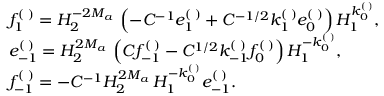
\begin{array} { r l } & { f _ { 1 } ^ { ( \digamma ) } = H _ { 2 } ^ { - 2 M _ { a \digamma } } \left( - C ^ { - 1 } e _ { 1 } ^ { ( \digamma ) } + C ^ { - 1 / 2 } k _ { 1 } ^ { ( \digamma ) } e _ { 0 } ^ { ( \digamma ) } \right) H _ { 1 } ^ { k _ { 0 } ^ { ( \digamma ) } } , } \\ & { e _ { - 1 } ^ { ( \digamma ) } = H _ { 2 } ^ { 2 M _ { a \digamma } } \left( C f _ { - 1 } ^ { ( \digamma ) } - C ^ { 1 / 2 } k _ { - 1 } ^ { ( \digamma ) } f _ { 0 } ^ { ( \digamma ) } \right) H _ { 1 } ^ { - k _ { 0 } ^ { ( \digamma ) } } , } \\ & { f _ { - 1 } ^ { ( \digamma ) } = - C ^ { - 1 } H _ { 2 } ^ { 2 M _ { a \digamma } } H _ { 1 } ^ { - k _ { 0 } ^ { ( \digamma ) } } e _ { - 1 } ^ { ( \digamma ) } . } \end{array}